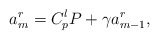
\begin{align*}a^r_m=C_p^l P +\gamma a^r_{m-1},\end{align*}